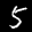
Label: 5